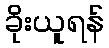
ခိုးယူရန်